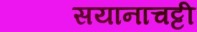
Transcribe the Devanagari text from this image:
सयानाचट्टी